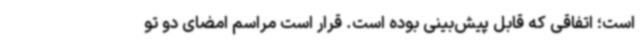
است؛ اتفاقی که قابل پیش‌بینی بوده است. قرار است مراسم امضای دو تو